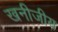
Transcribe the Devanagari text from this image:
खनीजीय